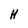
Character: H